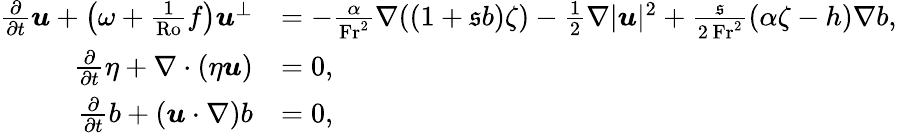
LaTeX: \begin{array}{rl}{\frac{\partial}{\partial t}\boldsymbol{u}+\left(\omega+\frac{1}{\mathrm{Ro}}f\right)\boldsymbol{u}^{\perp}}&{=-\frac{\alpha}{\mathrm{Fr}^{2}}\nabla((1+\mathfrak{s}b)\zeta)-\frac{1}{2}\nabla|\boldsymbol{u}|^{2}+\frac{\mathfrak{s}}{2\, \mathrm{Fr}^{2}}(\alpha\zeta-h)\nabla b,}\\ {\frac{\partial}{\partial t}\eta+\nabla\cdot(\eta\boldsymbol{u})}&{=0,}\\ {\frac{\partial}{\partial t}b+(\boldsymbol{u}\cdot\nabla)b}&{=0,}\end{array}